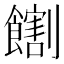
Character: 𫗛